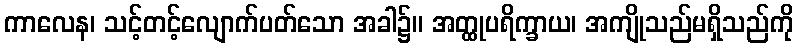
ကာလေန၊ သင့်တင့်လျောက်ပတ်သော အခါ၌။ အတ္ထုပရိက္ခာယ၊ အကျိုသည်မရှိသည်ကို